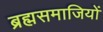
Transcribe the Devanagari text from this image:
ब्रह्मसमाजियों